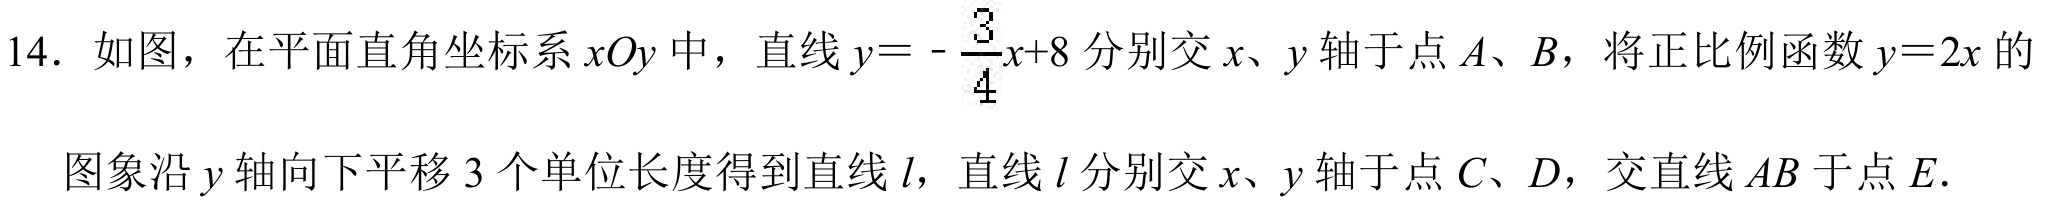
14. 如图，在平面直角坐标系\(xOy\)中，直线\(y = -\frac{3}{4}x + 8\)分别交\(x\)、\(y\)轴于点\(A\)、\(B\)，将正比例函数\(y = 2x\)的图象沿\(y\)轴向下平移\(3\)个单位长度得到直线\(l\)，直线\(l\)分别交\(x\)、\(y\)轴于点\(C\)、\(D\)，交直线\(AB\)于点\(E\).